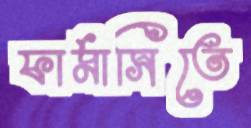
ফার্মাসিতে